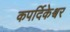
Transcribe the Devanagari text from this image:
कपर्दिकेश्वर